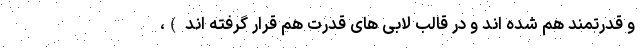
و قدرتمند هم شده اند و در قالب لابی های قدرت هم قرار گرفته اند )،